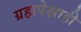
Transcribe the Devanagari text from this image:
ग्रहापेक्षाही